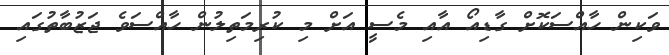
ވަކިން ހާއްސަކޮށް ގާޑިއޯ އާއި މެސީ އަށް މި ކުރިމަތިލުން ހާއްސަވެ ޖަޒުބާތުގައި